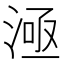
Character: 𣶬